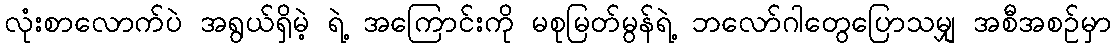
လုံးစာလောက်ပဲ အရွယ်ရှိမဲ့ ရဲ့ အကြောင်းကို မစုမြတ်မွန်ရဲ့ ဘလော်ဂါတွေပြောသမျှ အစီအစဉ်မှာ